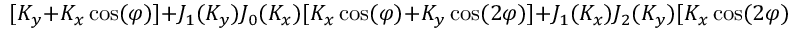
[ K _ { y } + K _ { x } \cos ( \varphi ) ] + J _ { 1 } ( K _ { y } ) J _ { 0 } ( K _ { x } ) [ K _ { x } \cos ( \varphi ) + K _ { y } \cos ( 2 \varphi ) ] + J _ { 1 } ( K _ { x } ) J _ { 2 } ( K _ { y } ) [ K _ { x } \cos ( 2 \varphi ) + K _ { y } \cos ( 3 \varphi ) ] \} \}